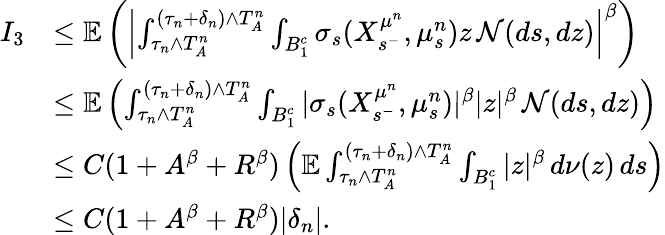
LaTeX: \begin{array}{rl}{I_{3}}&{\leq\mathbb{E}\left(\left\vert\int_{\tau_{n}\wedge T_{A}^{n}}^{(\tau_{n}+\delta_{n})\wedge T_{A}^{n}}\int_{B_{1}^{c}}\sigma_{s}(X_{s^{-}}^{\mu^{n}},\mu_{s}^{n})z\, \mathcal{N}(ds,dz)\right\vert^{\beta}\right)}\\ &{\leq\mathbb{E}\left(\int_{\tau_{n}\wedge T_{A}^{n}}^{(\tau_{n}+\delta_{n})\wedge T_{A}^{n}}\int_{B_{1}^{c}}|\sigma_{s}(X_{s^{-}}^{\mu^{n}},\mu_{s}^{n})|^{\beta}|z|^{\beta}\, \mathcal{N}(ds,dz)\right)}\\ &{\leq C(1+A^{\beta}+R^{\beta})\left(\mathbb{E}\int_{\tau_{n}\wedge T_{A}^{n}}^{(\tau_{n}+\delta_{n})\wedge T_{A}^{n}}\int_{B_{1}^{c}}|z|^{\beta}\, d\nu(z)\, ds\right)}\\ &{\leq C(1+A^{\beta}+R^{\beta})|\delta_{n}|.}\end{array}